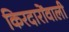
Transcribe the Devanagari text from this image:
किरदारोंवाली